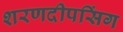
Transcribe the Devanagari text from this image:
शरणदीपसिंग